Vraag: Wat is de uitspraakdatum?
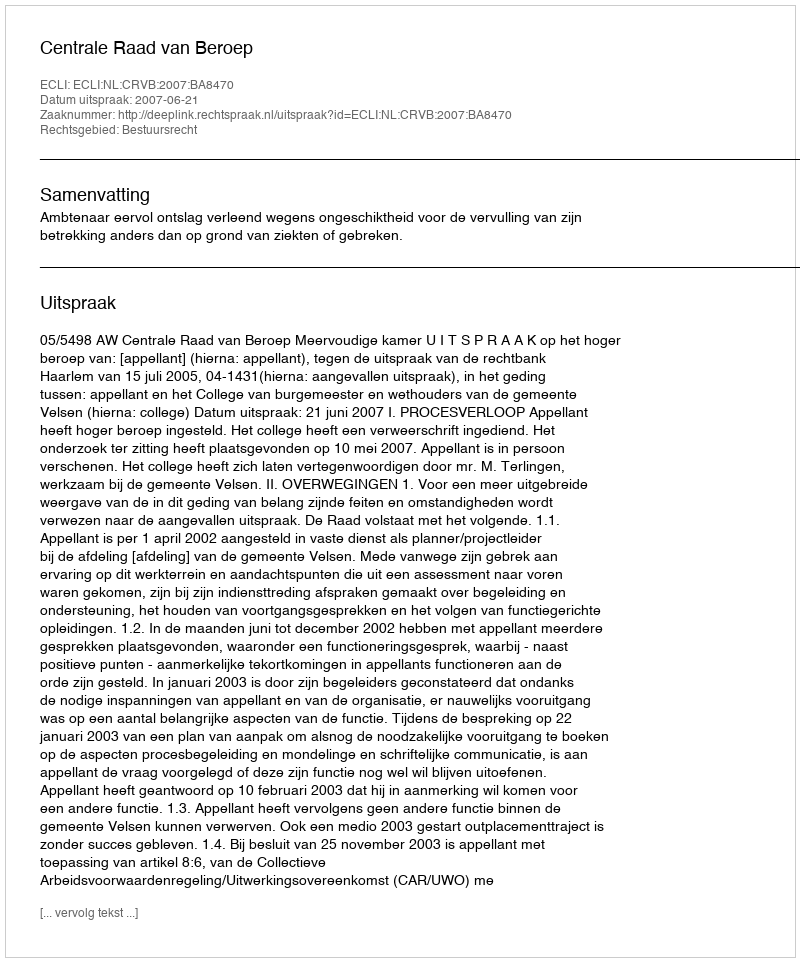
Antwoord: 2007-06-21